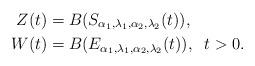
LaTeX: \begin{align*}Z(t) &= B(S_{\alpha_1,\lambda_1,\alpha_2,\lambda_2}(t)),\\W(t) &= B(E_{\alpha_1,\lambda_1,\alpha_2,\lambda_2}(t)), \;\; t>0.\end{align*}